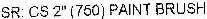
SR: CS 2" (750) PAINT BRUSH